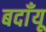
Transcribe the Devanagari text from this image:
बदाँयू